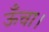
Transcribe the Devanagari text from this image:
ऊँचा।